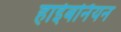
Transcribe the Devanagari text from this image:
हाईबर्नियन